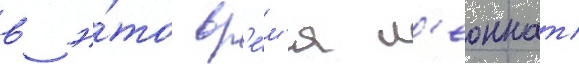
в э́то вр'е́м'я л'еоннат